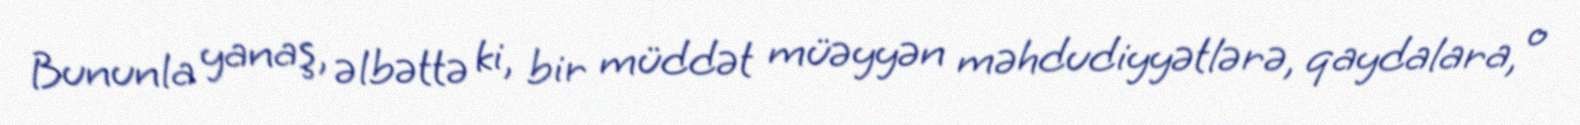
Bununla yanaş, əlbəttə ki, bir müddət müəyyən məhdudiyyətlərə, qaydalara, o